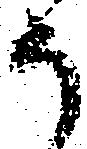
う